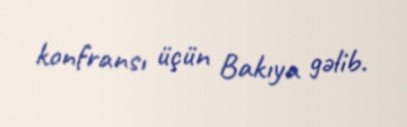
konfransı üçün Bakıya gəlib.